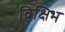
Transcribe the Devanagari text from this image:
विक्षिभ